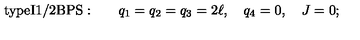
\mathrm { t y p e I 1 / 2 B P S : } \qquad q _ { 1 } = q _ { 2 } = q _ { 3 } = 2 \ell , \quad q _ { 4 } = 0 , \quad J = 0 ;